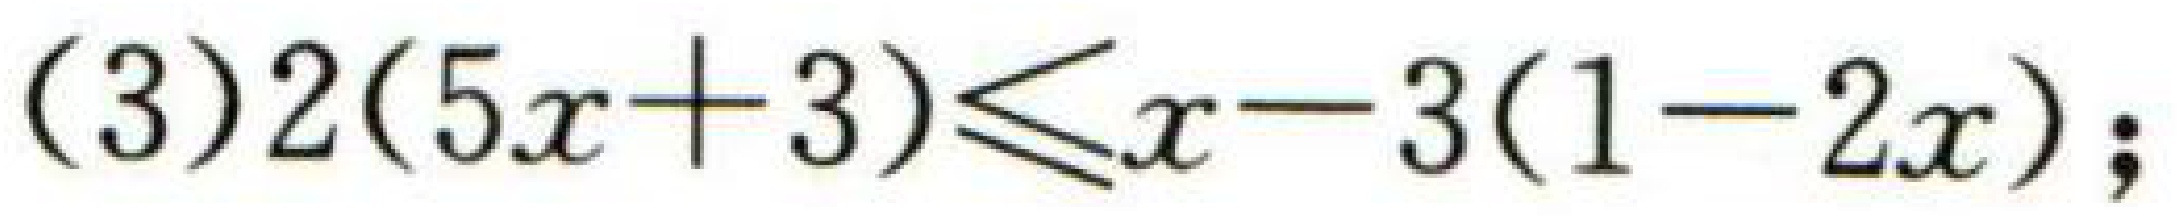
(3) \(2(5x + 3)\leq x - 3(1 - 2x)\);